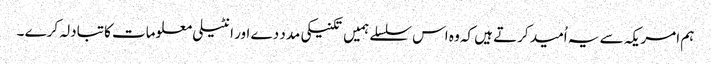
ہم امریکہ سے یہ اُمید کرتے ہیں کہ وہ اس سلسلے ہمیں تکنیکی مدد دے اور انٹیلی معلومات کا تبادلہ کرے ۔